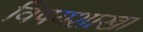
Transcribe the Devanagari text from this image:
विषयशाखा